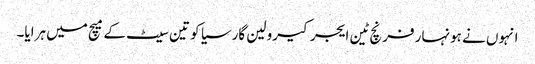
انہوں نے ہونہار فرنچ ٹین ایجر کیرولین گارسیا کو تین سیٹ کے میچ میں ہرایا۔